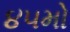
૪૫મો